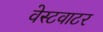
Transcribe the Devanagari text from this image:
वेस्टवाटर